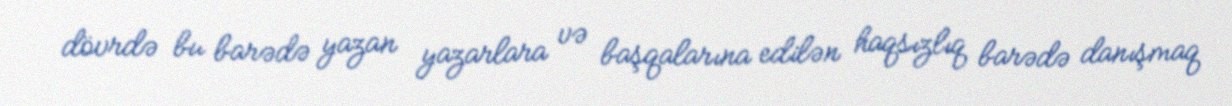
dövrdə bu barədə yazan yazarlara və başqalarına edilən haqsızlıq barədə danışmaq